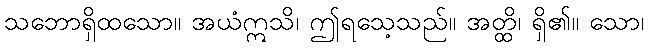
သဘောရှိထသော။ အယံဣသိ၊ ဤရသေ့သည်။ အတ္ထိ၊ ရှိ၏။ သော၊